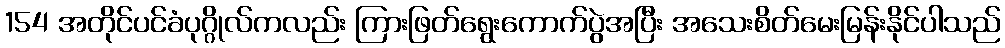
154 အတိုင်ပင်ခံပုဂ္ဂိုလ်ကလည်း ကြားဖြတ်ရွေးကောက်ပွဲအပြီး အသေးစိတ်မေးမြန်းနိုင်ပါသည်